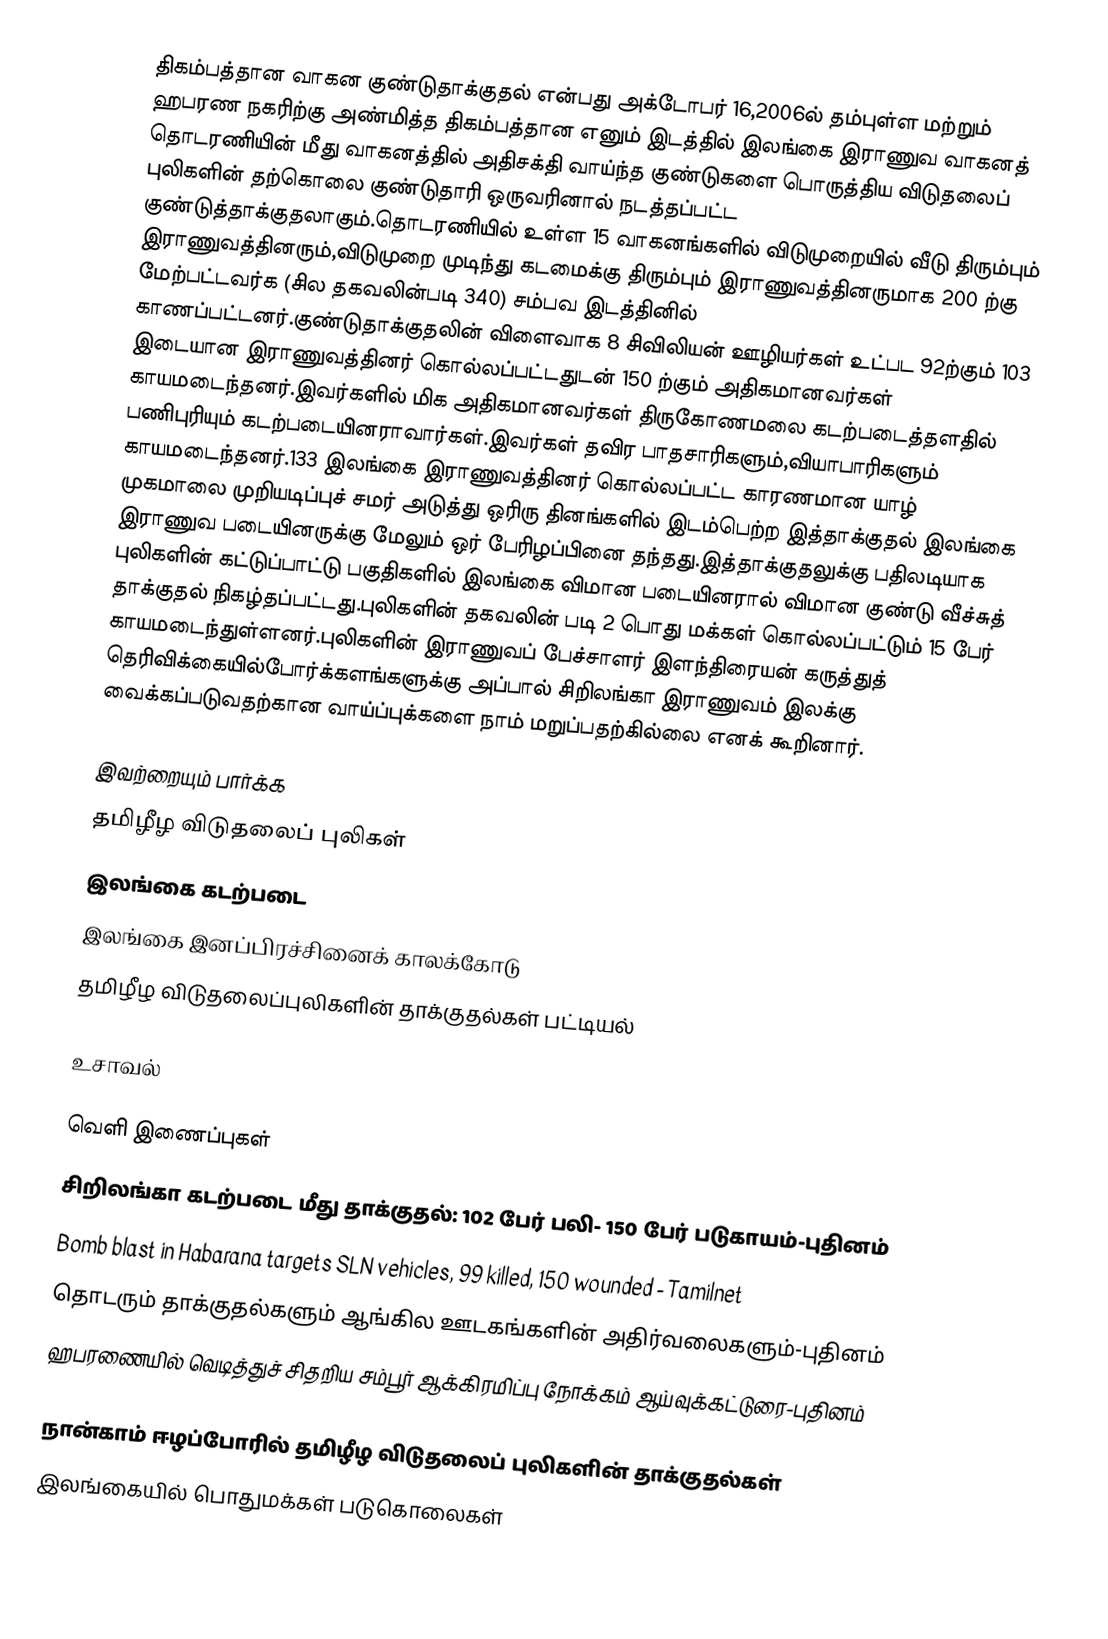
திகம்பத்தான வாகன குண்டுதாக்குதல் என்பது அக்டோபர் 16,2006ல் தம்புள்ள மற்றும் ஹபரண நகரிற்கு அண்மித்த திகம்பத்தான எனும் இடத்தில் இலங்கை இராணுவ வாகனத் தொடரணியின் மீது வாகனத்தில் அதிசக்தி வாய்ந்த குண்டுகளை பொருத்திய விடுதலைப் புலிகளின் தற்கொலை குண்டுதாரி ஒருவரினால் நடத்தப்பட்ட குண்டுத்தாக்குதலாகும்.தொடரணியில் உள்ள 15 வாகனங்களில் விடுமுறையில் வீடு திரும்பும் இராணுவத்தினரும்,விடுமுறை முடிந்து கடமைக்கு திரும்பும் இராணுவத்தினருமாக 200 ற்கு மேற்பட்டவர்க (சில தகவலின்படி 340) சம்பவ இடத்தினில் காணப்பட்டனர்.குண்டுதாக்குதலின் விளைவாக 8 சிவிலியன் ஊழியர்கள் உட்பட 92ற்கும் 103 இடையான இராணுவத்தினர் கொல்லப்பட்டதுடன் 150 ற்கும் அதிகமானவர்கள் காயமடைந்தனர்.இவர்களில் மிக அதிகமானவர்கள் திருகோணமலை கடற்படைத்தளதில் பணிபுரியும் கடற்படையினராவார்கள்.இவர்கள் தவிர பாதசாரிகளும்,வியாபாரிகளும் காயமடைந்தனர்.133 இலங்கை இராணுவத்தினர் கொல்லப்பட்ட காரணமான யாழ் முகமாலை முறியடிப்புச் சமர் அடுத்து ஒரிரு தினங்களில் இடம்பெற்ற இத்தாக்குதல் இலங்கை இராணுவ படையினருக்கு மேலும் ஒர் பேரிழப்பினை தந்தது.இத்தாக்குதலுக்கு பதிலடியாக புலிகளின் கட்டுப்பாட்டு பகுதிகளில் இலங்கை விமான படையினரால் விமான குண்டு வீச்சுத் தாக்குதல் நிகழ்தப்பட்டது.புலிகளின் தகவலின் படி 2 பொது மக்கள் கொல்லப்பட்டும் 15 பேர் காயமடைந்துள்ளனர்.புலிகளின் இராணுவப் பேச்சாளர் இளந்திரையன் கருத்துத் தெரிவிக்கையில்போர்க்களங்களுக்கு அப்பால் சிறிலங்கா இராணுவம் இலக்கு வைக்கப்படுவதற்கான வாய்ப்புக்களை நாம் மறுப்பதற்கில்லை எனக் கூறினார்.

இவற்றையும் பார்க்க
 தமிழீழ விடுதலைப் புலிகள்
 இலங்கை கடற்படை
 இலங்கை இனப்பிரச்சினைக் காலக்கோடு
 தமிழீழ விடுதலைப்புலிகளின் தாக்குதல்கள் பட்டியல்

உசாவல்

வெளி இணைப்புகள்
சிறிலங்கா கடற்படை மீது தாக்குதல்: 102 பேர் பலி- 150 பேர் படுகாயம்-புதினம்
Bomb blast in Habarana targets SLN vehicles, 99 killed, 150 wounded - Tamilnet
தொடரும் தாக்குதல்களும் ஆங்கில ஊடகங்களின் அதிர்வலைகளும்-புதினம்
ஹபரணையில் வெடித்துச் சிதறிய சம்பூர் ஆக்கிரமிப்பு நோக்கம் ஆய்வுக்கட்டுரை-புதினம்

நான்காம் ஈழப்போரில் தமிழீழ விடுதலைப் புலிகளின் தாக்குதல்கள்
இலங்கையில் பொதுமக்கள் படுகொலைகள்